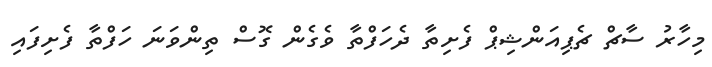
މިހާރު ސާޗް ޗެޕިއަންޝިޕް ފެށިތާ ދެހަފްތާ ވެގެން ގޮސް ތިންވަނަ ހަފްތާ ފެށިފައި